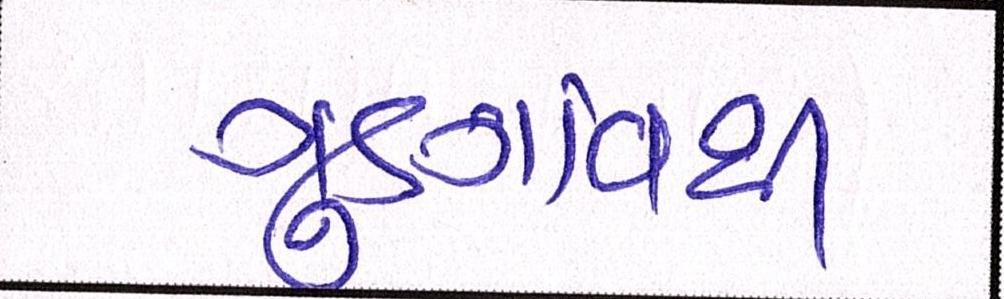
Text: ગુડગાંવથી